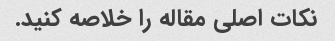
نکات اصلی مقاله را خلاصه کنید.